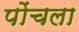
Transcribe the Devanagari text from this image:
पोंचला